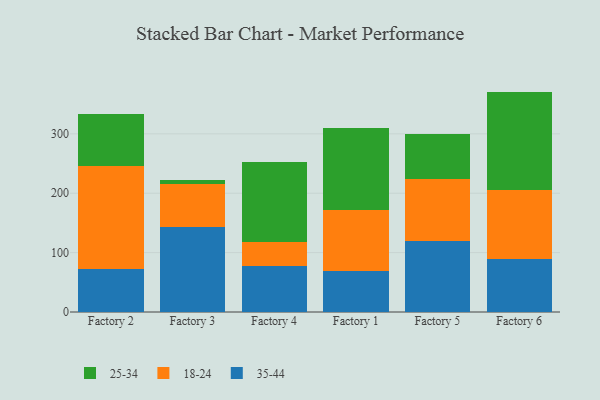
{"axis": {"x": "Factory", "y": "Tickets Resolved"}, "legend": ["18-24", "25-34", "35-44"], "data": [{"x": "Factory 2", "y": 72.3, "type": "35-44"}, {"x": "Factory 2", "y": 173.7, "type": "18-24"}, {"x": "Factory 2", "y": 87.5, "type": "25-34"}, {"x": "Factory 3", "y": 143.5, "type": "35-44"}, {"x": "Factory 3", "y": 72.3, "type": "18-24"}, {"x": "Factory 3", "y": 6.5, "type": "25-34"}, {"x": "Factory 4", "y": 77.6, "type": "35-44"}, {"x": "Factory 4", "y": 40.5, "type": "18-24"}, {"x": "Factory 4", "y": 134.9, "type": "25-34"}, {"x": "Factory 1", "y": 68.7, "type": "35-44"}, {"x": "Factory 1", "y": 102.3, "type": "18-24"}, {"x": "Factory 1", "y": 139.5, "type": "25-34"}, {"x": "Factory 5", "y": 118.8, "type": "35-44"}, {"x": "Factory 5", "y": 104.9, "type": "18-24"}, {"x": "Factory 5", "y": 75.6, "type": "25-34"}, {"x": "Factory 6", "y": 89.1, "type": "35-44"}, {"x": "Factory 6", "y": 115.9, "type": "18-24"}, {"x": "Factory 6", "y": 166.1, "type": "25-34"}]}